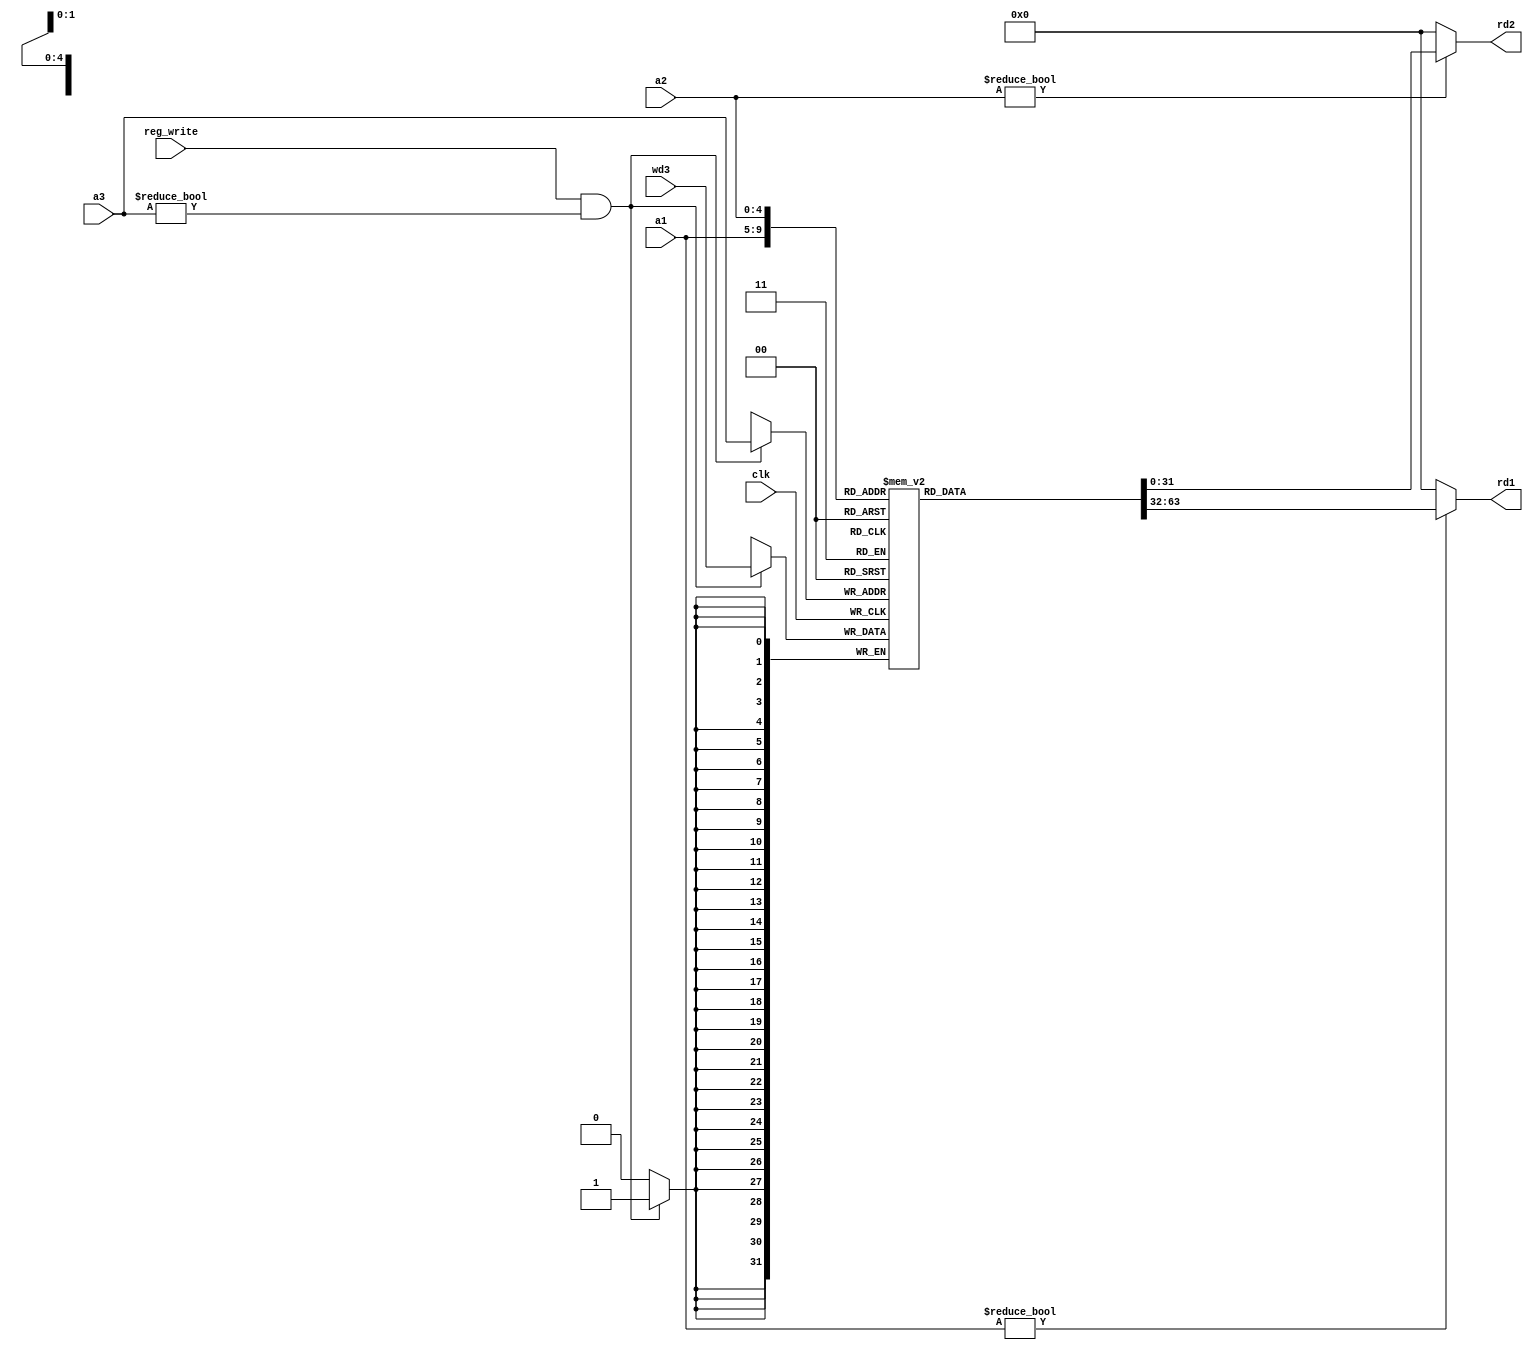
module RegisterFile(
    input wire clk,

    input wire[4:0] a1,
    input wire[4:0] a2,
    input wire[4:0] a3,
    input wire reg_write,
    input wire[31:0] wd3,

    output reg[31:0] rd1,
    output reg[31:0] rd2
);

reg[31:0] reg_file[1:31];

always @(negedge clk)
begin
    if(reg_write&&a3!=0)
        reg_file[a3]<=wd3;
end

always @(*)
begin
    rd1=32'b0;
    rd2=32'b0;
    if(a1!=0)
        rd1=reg_file[a1];
    if(a2!=0)
        rd2=reg_file[a2];
end

endmodule